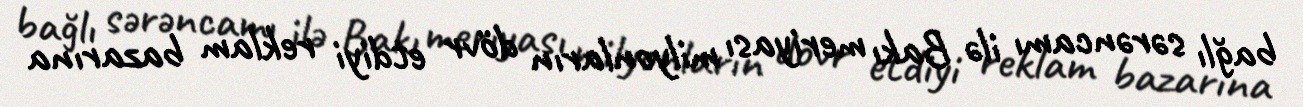
bağlı sərəncamı ilə Bakı meriyası milyonların dövr etdiyi reklam bazarına